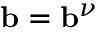
\ensuremath { \mathbf { b } } = \ensuremath { \mathbf { b } } ^ { \nu }